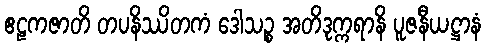
ဧဠကဇာတိ တပနိဿိတကံ ဒေါသဉ္စ အတိဒုက္ကရာနိ ပူဇနီယဋ္ဌာနံ